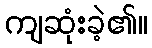
ကျဆုံးခဲ့၏။